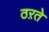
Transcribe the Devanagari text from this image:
ठऱते